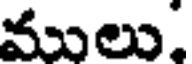
ములు,